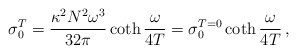
\begin{align*}\sigma_0^T = \frac{\kappa^2 N^2 \omega^3}{32 \pi}\coth{\frac{\omega}{4T}} = \sigma_0^{T=0}\coth{\frac{\omega}{4T}}\,,\end{align*}